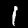
Label: 1